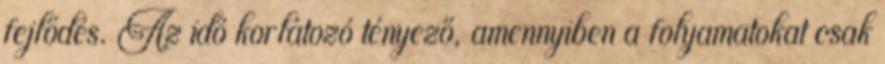
fejlődés. Az idő korlátozó tényező, amennyiben a folyamatokat csak